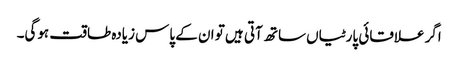
اگر علاقائی پارٹیاں ساتھ آتی ہیں تو ان کے پاس زیادہ طاقت ہوگی۔